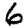
Digit: 6